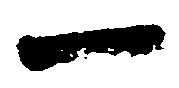
一